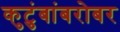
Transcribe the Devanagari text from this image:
कुटुंबांबरोबर